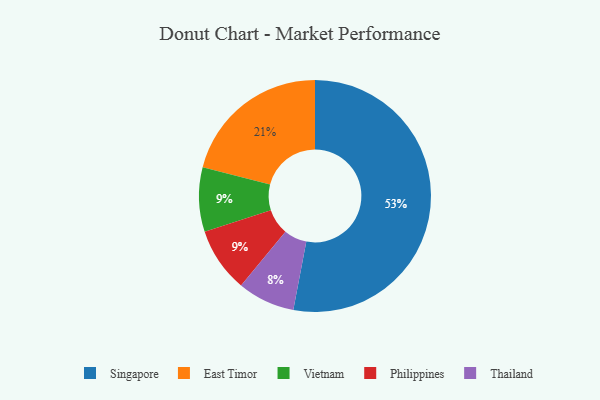
{"axis": {"x": "Category", "y": "Percentage"}, "legend": ["East Timor", "Philippines", "Singapore", "Thailand", "Vietnam"], "data": [{"x": "Vietnam", "y": 9, "type": "Vietnam"}, {"x": "East Timor", "y": 21, "type": "East Timor"}, {"x": "Thailand", "y": 8, "type": "Thailand"}, {"x": "Singapore", "y": 53, "type": "Singapore"}, {"x": "Philippines", "y": 9, "type": "Philippines"}]}